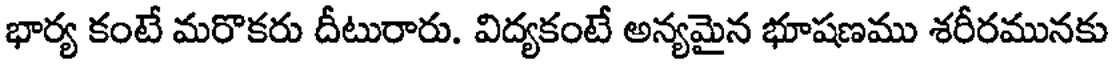
భార్య కంటే మరొకరు దీటురారు. విద్యకంటే అన్యమైన భూషణము శరీరమునకు